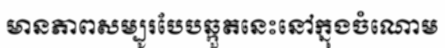
មានភាពសម្បូរបែបឆ្កួតនេះនៅក្នុងចំណោម